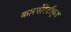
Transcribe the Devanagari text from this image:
कारपोरेटीकृत